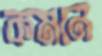
কমনে